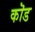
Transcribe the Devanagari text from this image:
कॊड